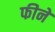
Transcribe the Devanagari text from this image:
फीने